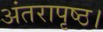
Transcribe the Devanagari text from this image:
अंतरापृष्ठ।